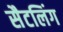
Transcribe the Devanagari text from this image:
सैटलिंग